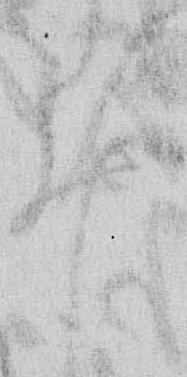
ゐ